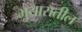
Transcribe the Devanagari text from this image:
भुयारातील